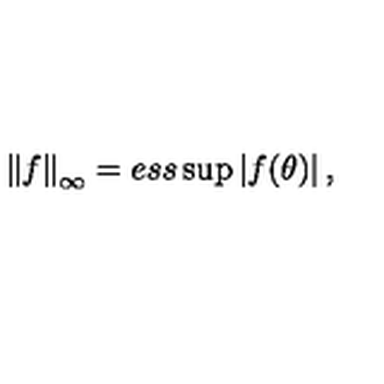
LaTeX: \left\| f \right\| _ { \infty } = e s s \sup \left| f ( \theta ) \right| ,